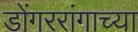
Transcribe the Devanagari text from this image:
डोंगररांगाच्या